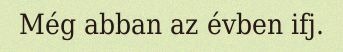
Még abban az évben ifj.